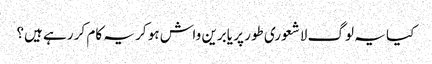
کیا یہ لوگ لاشعوری طور پر یابرین واش ہو کر یہ کام کر رہے ہیں؟